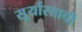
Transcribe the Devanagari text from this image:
सू्र्यास्ताची